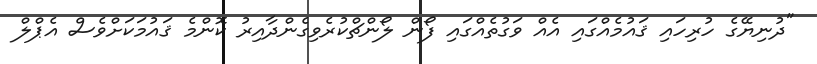
"ދުނިޔޭގެ ހުރިހައި ޤައުމެއްގައި އެއް ވަގުތެއްގައި ފޯން ލޯންޗްކުރެވިގެންދާއިރު ކޮންމެ ޤައުމަކަށްވެސް އެޕްލް